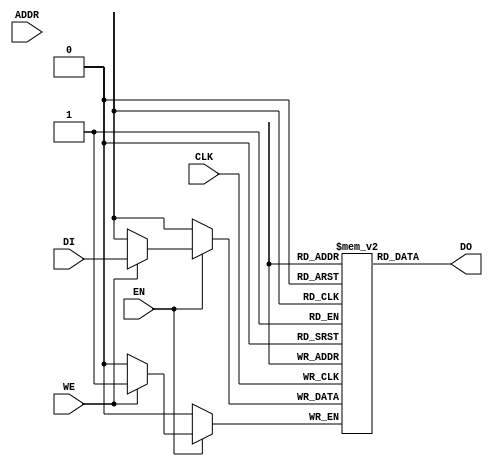

// Copyright (c) 2000-2009 Bluespec, Inc.

// Permission is hereby granted, free of charge, to any person obtaining a copy
// of this software and associated documentation files (the "Software"), to deal
// in the Software without restriction, including without limitation the rights
// to use, copy, modify, merge, publish, distribute, sublicense, and/or sell
// copies of the Software, and to permit persons to whom the Software is
// furnished to do so, subject to the following conditions:

// The above copyright notice and this permission notice shall be included in
// all copies or substantial portions of the Software.

// THE SOFTWARE IS PROVIDED "AS IS", WITHOUT WARRANTY OF ANY KIND, EXPRESS OR
// IMPLIED, INCLUDING BUT NOT LIMITED TO THE WARRANTIES OF MERCHANTABILITY,
// FITNESS FOR A PARTICULAR PURPOSE AND NONINFRINGEMENT. IN NO EVENT SHALL THE
// AUTHORS OR COPYRIGHT HOLDERS BE LIABLE FOR ANY CLAIM, DAMAGES OR OTHER
// LIABILITY, WHETHER IN AN ACTION OF CONTRACT, TORT OR OTHERWISE, ARISING FROM,
// OUT OF OR IN CONNECTION WITH THE SOFTWARE OR THE USE OR OTHER DEALINGS IN
// THE SOFTWARE.
//
// $Revision: 17872 $
// $Date: 2009-09-18 14:32:56 +0000 (Fri, 18 Sep 2009) $

`ifdef BSV_ASSIGNMENT_DELAY
`else
 `define BSV_ASSIGNMENT_DELAY
`endif

// Single-Ported BRAM
module BRAM1Load(CLK,
                 EN,
                 WE,
                 ADDR,
                 DI,
                 DO
                 );

   // synopsys template
   parameter                      FILENAME   = "";
   parameter                      PIPELINED  = 0;
   parameter                      ADDR_WIDTH = 1;
   parameter                      DATA_WIDTH = 1;
   parameter                      MEMSIZE    = 1;
   parameter                      BINARY     = 0;
   
   input                          CLK;
   input                          EN;
   input                          WE;
   input [ADDR_WIDTH-1:0]         ADDR;
   input [DATA_WIDTH-1:0]         DI;
   output [DATA_WIDTH-1:0]        DO;

   reg [DATA_WIDTH-1:0]           RAM[0:MEMSIZE-1];
   reg [ADDR_WIDTH-1:0]           ADDR_R;
   reg [DATA_WIDTH-1:0]           DO_R;
      
   // synopsys translate_off
   initial
   begin : init_block
`ifdef BSV_NO_INITIAL_BLOCKS
`else
      integer i;
      for (i = 0; i <= MEMSIZE; i = i + 1) begin
         RAM[i] = { ((DATA_WIDTH+1)/2) { 2'b10 } };
      end
      ADDR_R = { ((ADDR_WIDTH+1)/2) { 2'b10 } };
      DO_R = { ((DATA_WIDTH+1)/2) { 2'b10 } };
`endif // !`ifdef BSV_NO_INITIAL_BLOCKS
      if (BINARY)
        $readmemb(FILENAME, RAM, 0, MEMSIZE-1);
      else
        $readmemh(FILENAME, RAM, 0, MEMSIZE-1);
   end
   // synopsys translate_on

   always @(posedge CLK) begin
      if (EN) begin
         if (WE)
           RAM[ADDR] <= `BSV_ASSIGNMENT_DELAY DI;
         ADDR_R    <= `BSV_ASSIGNMENT_DELAY ADDR;
      end
      DO_R      <= `BSV_ASSIGNMENT_DELAY RAM[ADDR_R];
   end

   assign DO = (PIPELINED) ? DO_R : RAM[ADDR_R];

endmodule // BRAM1Load